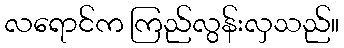
လရောင်က ကြည်လွန်းလှသည်။